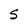
Character: S